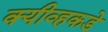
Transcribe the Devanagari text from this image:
क्यीव्हकडे